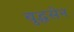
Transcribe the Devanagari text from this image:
बुद्धसेन